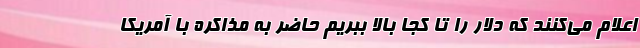
اعلام می‌کنند که دلار را تا کجا بالا ببریم حاضر به مذاکره با آمریکا